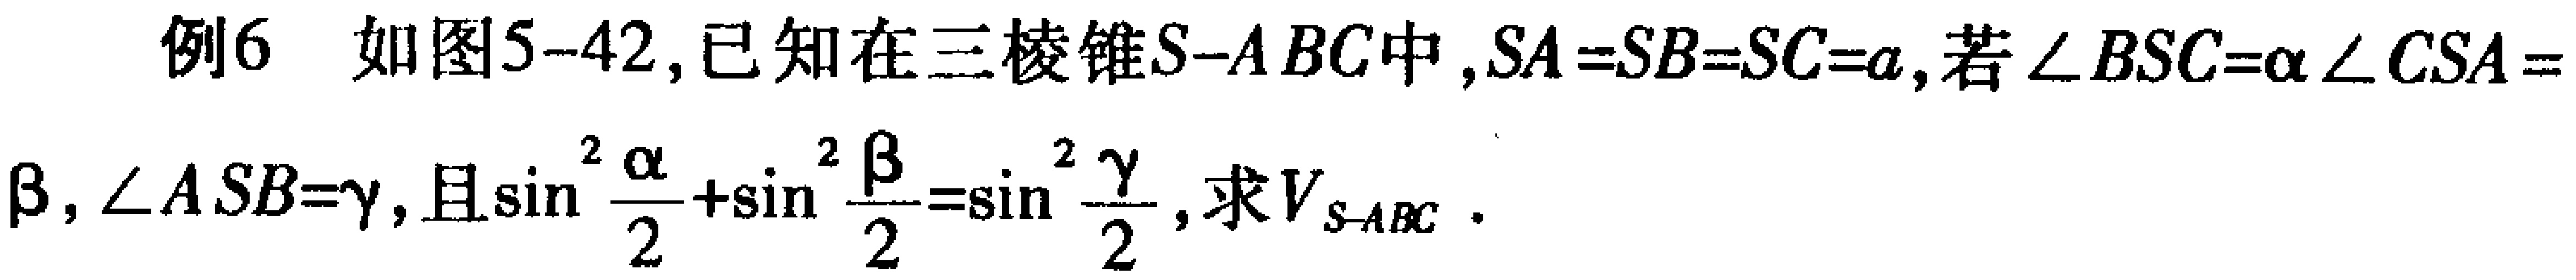
例6 如图5-42,已知在三棱锥\(S - ABC\)中，\(SA = SB = SC = a\)，若\(\angle BSC=\alpha\)，\(\angle CSA = \beta\)，\(\angle ASB=\gamma\)，且\(\sin^{2}\frac{\alpha}{2}+\sin^{2}\frac{\beta}{2}=\sin^{2}\frac{\gamma}{2}\)，求\(V_{S - ABC}\)。